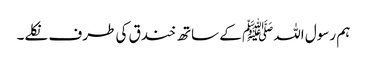
ہم رسول اللہﷺ کے ساتھ خندق کی طرف نکلے۔